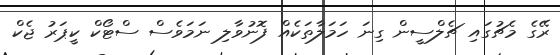
ރޭގެ މެޗުގައި ޗެލްސީން ގިނަ ހަމަލާތަކެއް ފޮނުވާލި ނަމަވެސް ސްޓޯކް ކީޕަރު ޖެކް